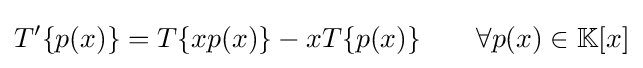
T'\{p(x)\}=T\{xp(x)\}-xT\{p(x)\}\qquad \forall p(x)\in \mathbb {K} [x]